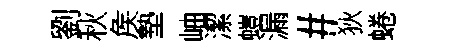
劉秋矦墊岫潔螘漏#狄蜷